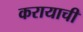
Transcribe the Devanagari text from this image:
करायाची